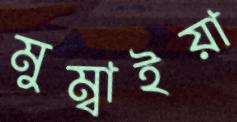
মুম্বাইয়া